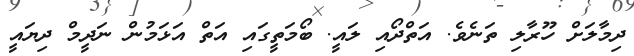
ދިމާލަށް ހޫރާލި ތަނެވެ. އަތްދޯއި ލައީ. ބޯމަތީގައި އަތް އަޅަމުން ނަދީމް ދިޔައީ